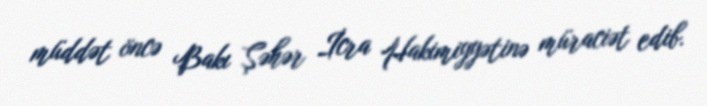
müddət öncə Bakı Şəhər İcra Hakimiyyətinə müraciət edib.